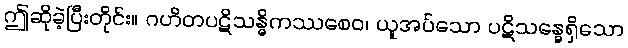
ဤဆိုခဲ့ပြီးတိုင်း။ ဂဟိတပဋိသန္ဓိကဿစေဝ၊ ယူအပ်သော ပဋိသန္ဓေရှိသော